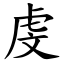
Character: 虔